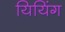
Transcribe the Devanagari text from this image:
यियिंग